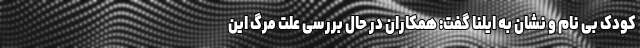
کودک بی نام و نشان به ایلنا گفت: همکاران در حال بررسی علت مرگ این